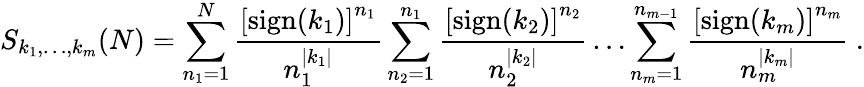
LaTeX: S_{k_{1},\ldots,k_{m}}(N)=\sum_{n_{1}=1}^{N}\frac{\left[\mathrm{sign}(k_{1})\right]^{n_{1}}}{n_{1}^{|k_{1}|}}\sum_{n_{2}=1}^{n_{1}}\frac{\left[\mathrm{sign}(k_{2})\right]^{n_{2}}}{n_{2}^{|k_{2}|}}\ldots\sum_{n_{m}=1}^{n_{m-1}}\frac{\left[\mathrm{sign}(k_{m})\right]^{n_{m}}}{n_{m}^{|k_{m}|}}~.